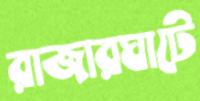
রাজারঘাটে